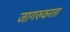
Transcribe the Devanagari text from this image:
जागरुकरता